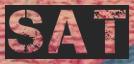
SAT